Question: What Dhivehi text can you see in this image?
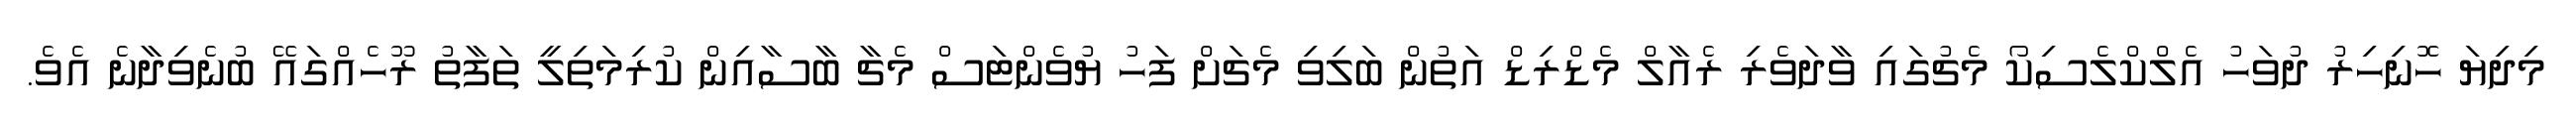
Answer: މިދިޔަ ހޮނިހިރު ދުވަހު އެލްކްލެސިކޯ މެޗުގައި ވާދަވެރި ރެއާލް މެޑްރިޑް އަތުން ބަލިވި މެޗަށް ފަހު ޔުވެންޓަސް މެޗާ ބާސާއިން ކުރިމަތިލީ ތަފާތު ރޫހެއްގައޭ ބުނެވިދާނެ އެވެ.